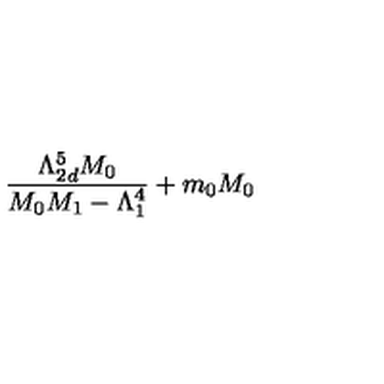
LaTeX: \frac { \Lambda _ { 2 d } ^ { 5 } M _ { 0 } } { M _ { 0 } M _ { 1 } - \Lambda _ { 1 } ^ { 4 } } + m _ { 0 } M _ { 0 }